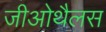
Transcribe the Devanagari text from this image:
जीओथैलस